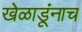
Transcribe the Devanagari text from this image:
खेळाडूंनाच